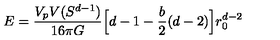
E = \frac { V _ { p } V ( S ^ { d - 1 } ) } { 1 6 \pi G } \Big [ d - 1 - \frac { b } { 2 } ( d - 2 ) \Big ] r _ { 0 } ^ { d - 2 }